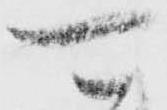
可